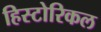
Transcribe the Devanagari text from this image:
हिस्‍टोरिकल